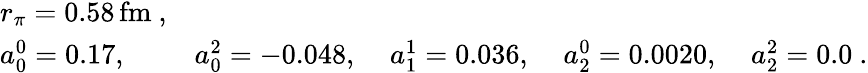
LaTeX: \begin{array}{lllll}{{r_{\pi}=0.58\, \mathrm{fm}~,}}&{{}}&{{}}&{{}}&{{}}\\ {{a_{0}^{0}=0.17,\; }}&{{a_{0}^{2}=-0.048,\; }}&{{a_{1}^{1}=0.036,\; }}&{{a_{2}^{0}=0.0020,\; }}&{{a_{2}^{2}=0.0~.}}\end{array}